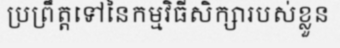
ប្រព្រឹត្តទៅនៃកម្មវិធីសិក្សារបស់ខ្លួន